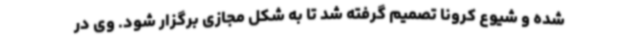
شده و شیوع کرونا تصمیم‌ گرفته شد تا به شکل مجازی برگزار شود. وی در